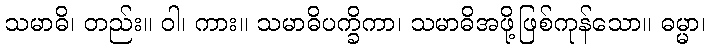
သမာဓိ၊ တည်း။ ဝါ၊ ကား။ သမာဓိပက္ခိကာ၊ သမာဓိအဖို့ဖြစ်ကုန်သော။ ဓမ္မာ၊